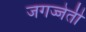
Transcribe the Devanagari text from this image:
जगज्जेती